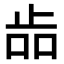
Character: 𣥧